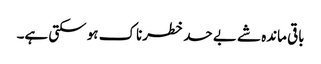
باقی ماندہ شے بے حد خطرناک ہو سکتی ہے۔